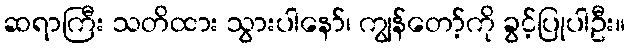
ဆရာကြီး သတိထား သွားပါနော်၊ ကျွန်တော့်ကို ခွင့်ပြုပါဦး။